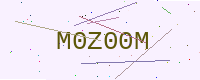
Text: M0Z00M